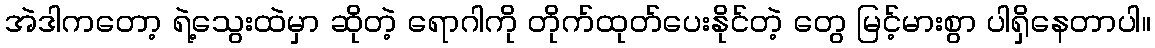
အဲဒါကတော့ ရဲ့သွေးထဲမှာ ဆိုတဲ့ ရောဂါကို တိုက်ထုတ်ပေးနိုင်တဲ့ တွေ မြင့်မားစွာ ပါရှိနေတာပါ။